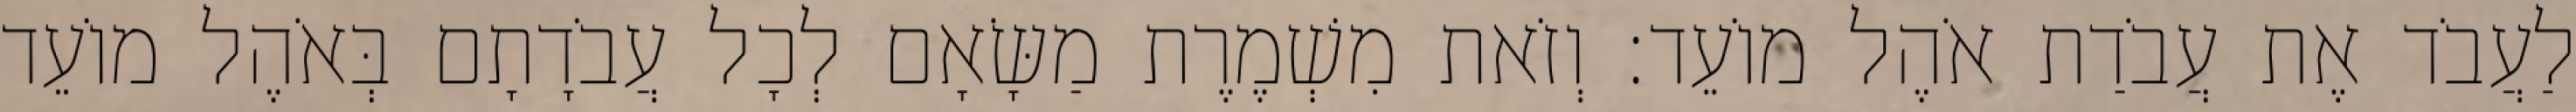
לַעֲבֹד אֶת עֲבֹדַת אֹהֶל מוֹעֵד׃ וְזֹאת מִשְׁמֶרֶת מַשָּׂאָם לְכָל עֲבֹדָתָם בְּאֹהֶל מוֹעֵד